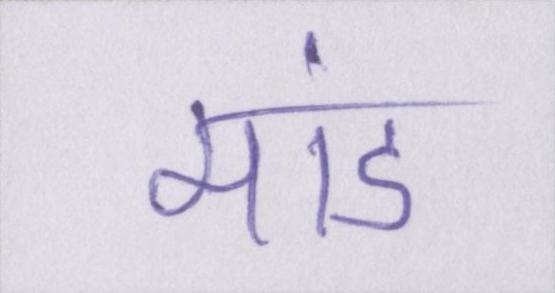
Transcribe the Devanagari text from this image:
मांड